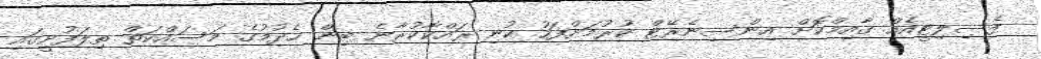
ފެސިލިޓީއެއް ގާއިމްކޮށް އިންސިނެރޭޓް ކުރުމަށްފަހު ކުނި ރައްކާކުރާނެ ބިން ހެދުމުގެ މަސައްކަތް ތިލަފުށީގައި